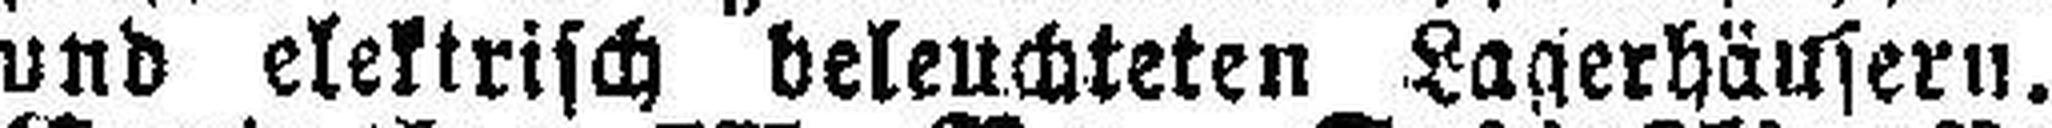
und elektrisch beleuchteten Lagerhäusern.